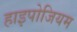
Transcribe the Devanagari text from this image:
हाइपोजियम